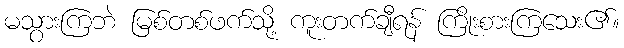
မသွားကြဘဲ မြစ်တစ်ဖက်သို့ ကူးတက်ချီရန် ကြိုးစားကြသေး၏။